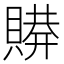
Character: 𰷋